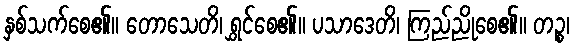
နှစ်သက်စေ၏။ တောသေတိ၊ ရွှင်စေ၏။ ပသာဒေတိ၊ ကြည်ညိုစေ၏။ တဉ္စ၊